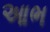
આભ